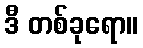
ဒီ တစ်ခုရော။